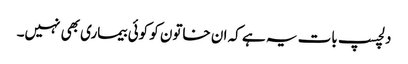
دلچسپ بات یہ ہے کہ ان خاتون کو کوئی بیماری بھی نہیں۔